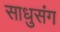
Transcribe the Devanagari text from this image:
साधुसंग